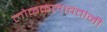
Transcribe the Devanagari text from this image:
लोककलावंतांनी